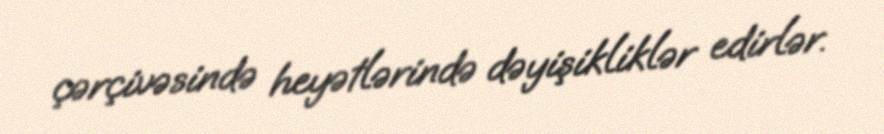
çərçivəsində heyətlərində dəyişikliklər edirlər.